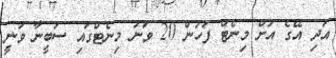
އަދި އޭގެ އަށް މިނެޓް ފަހުން 20 ވަނަ މިނެޓްގައި ސަބީނާ ވަނީ